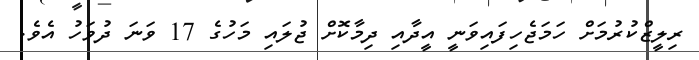
ރިލީޒްކުރުމަށް ހަމަޖެހިފައިވަނީ އީދާއި ދިމާކޮށް ޖުލައި މަހުގެ 17 ވަނަ ދުވަހު އެވެ.